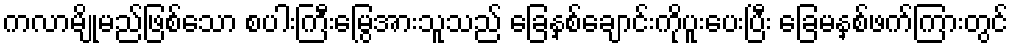
ကလာမျိုမည်ဖြစ်သော စပါးကြီးမြွေအားသူသည် ခြေနှစ်ချောင်းကိုပူးပေးပြီး ခြေမနှစ်ဖက်ကြားတွင်